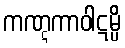
ကဏ္ဋကာဝါဋမ္ပိ